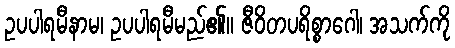
ဥပပါရမီနာမ၊ ဥပပါရမီမည်၏။ ဇီဝိတပရိစ္စာဂေါ၊ အသက်ကို